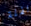
القلة